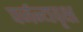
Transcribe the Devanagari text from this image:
पर्जन्यवृक्ष